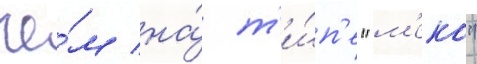
че́м на́ т'и́п'е "м'еко"